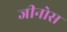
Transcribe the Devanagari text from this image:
जीनोस